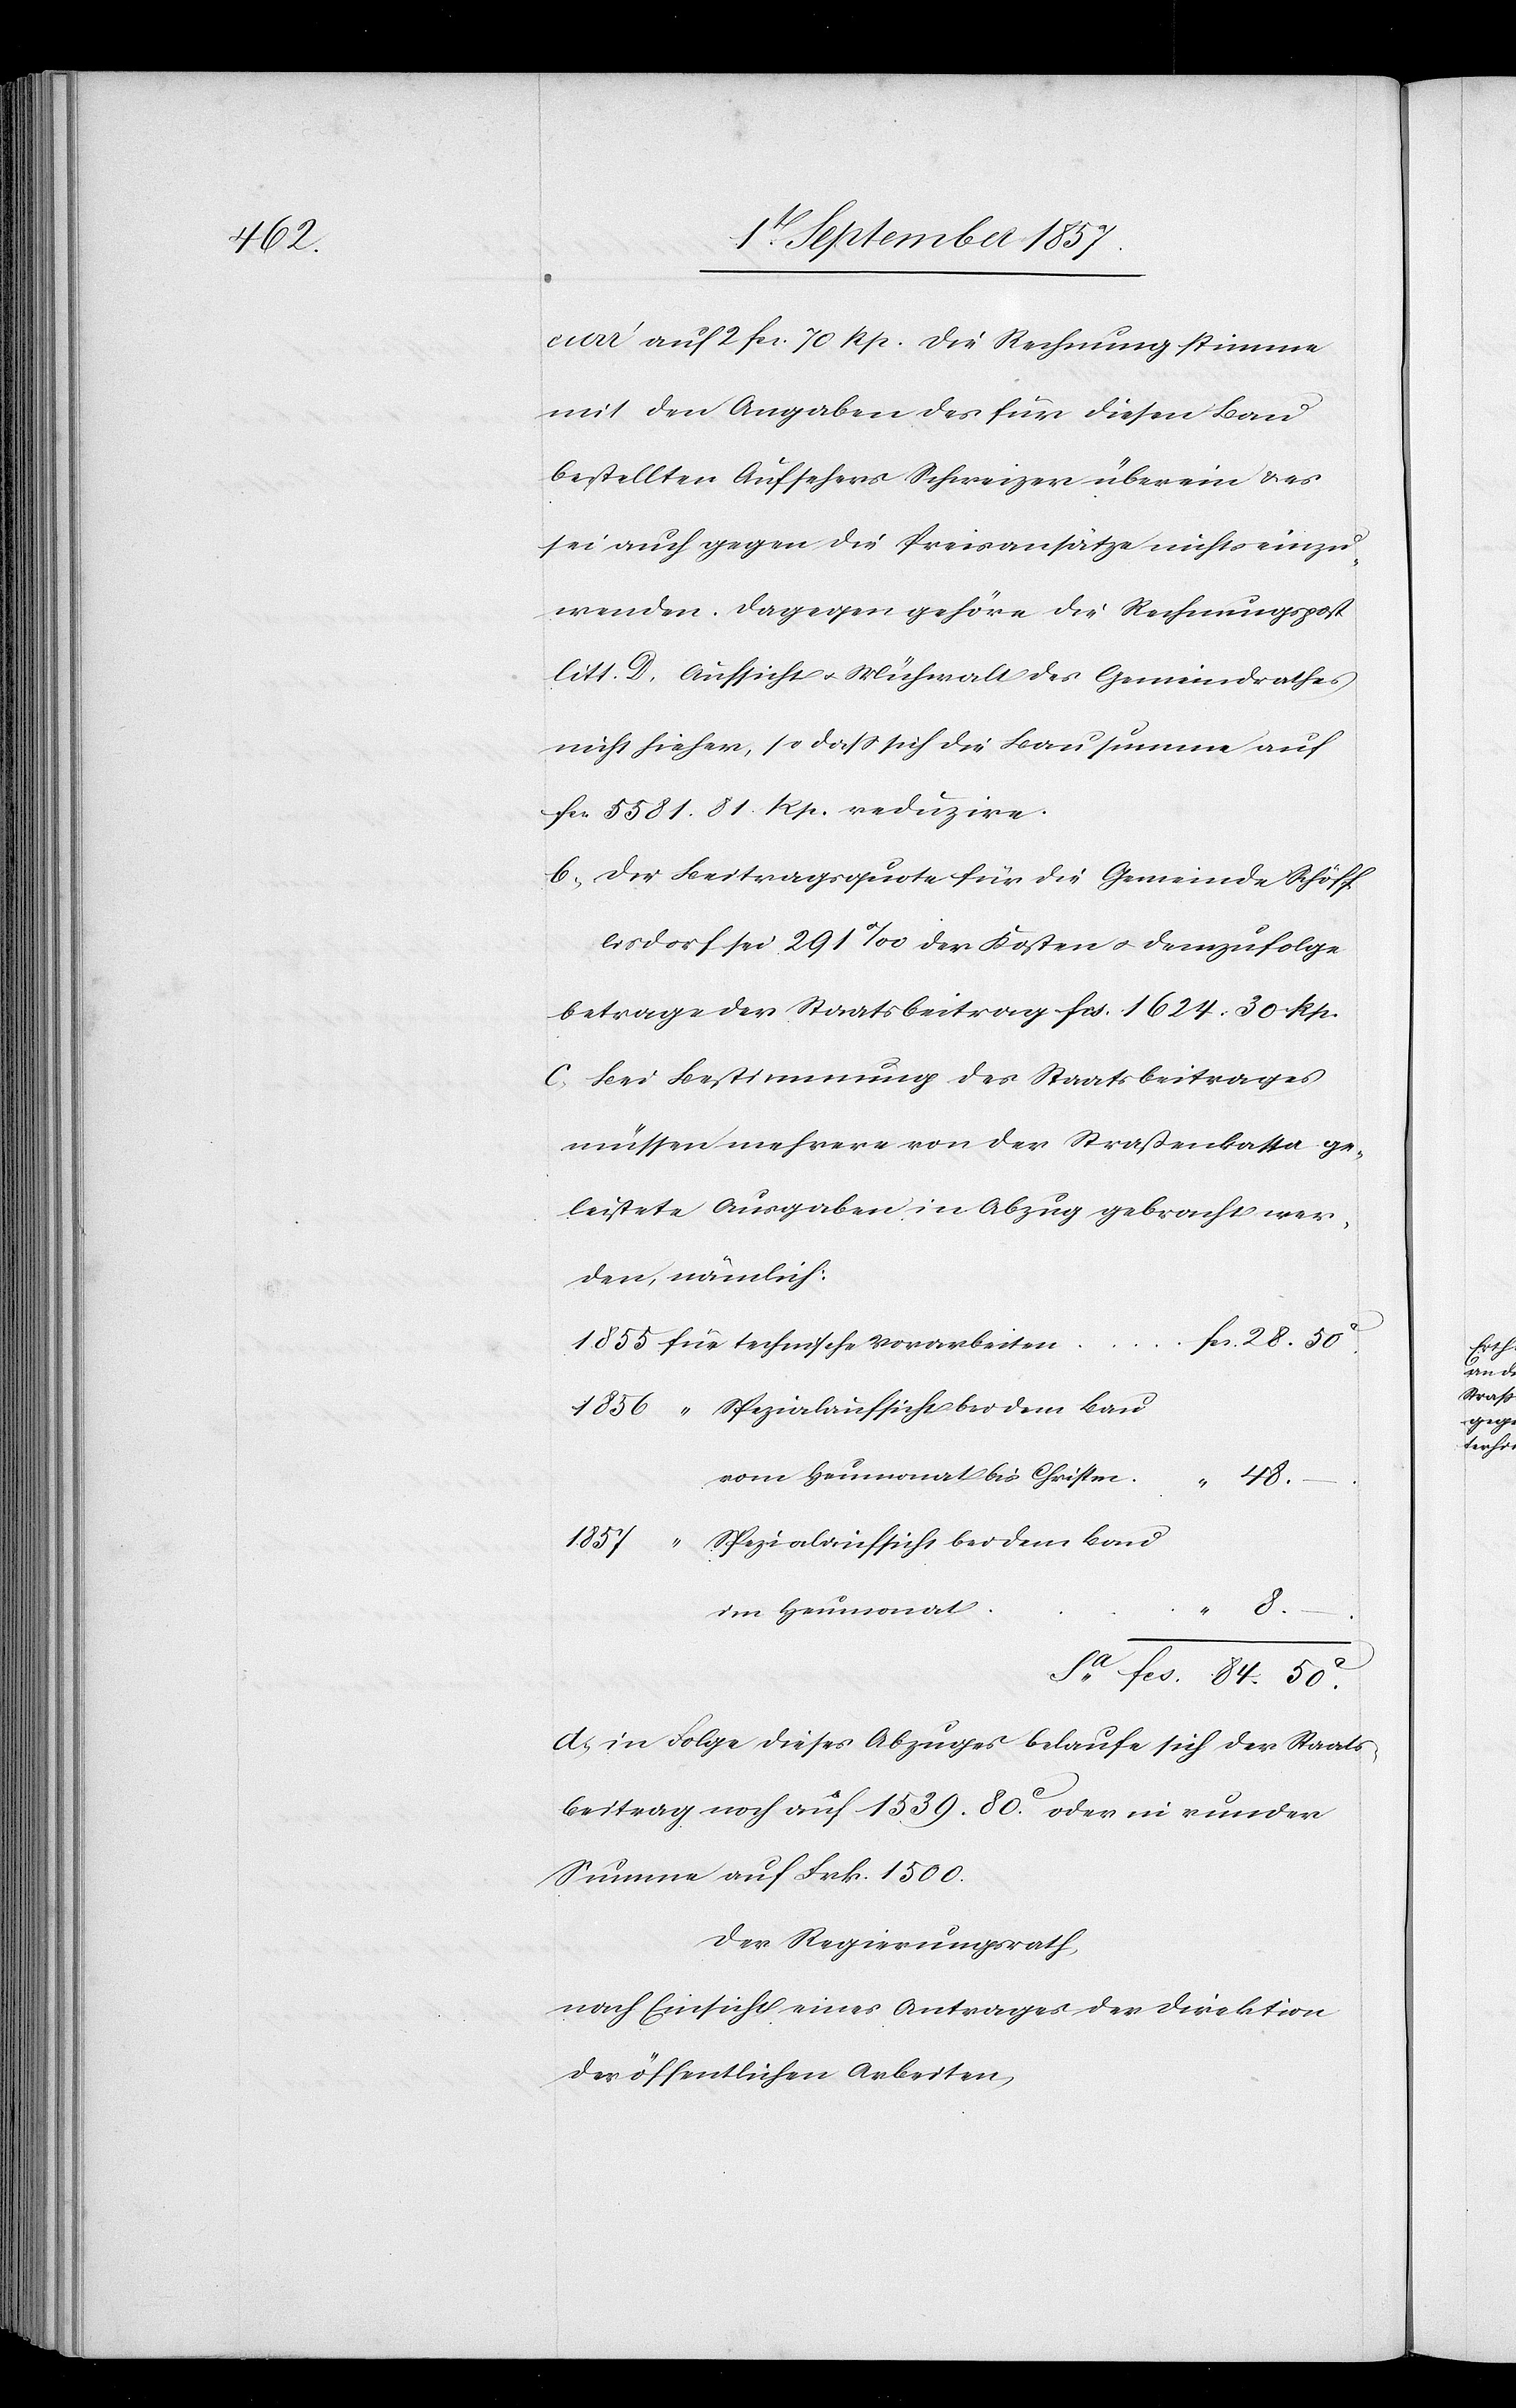
[?] auf 2 fcs. 70 Rp. Die Rechnung stimme
mit den Angaben des für diesen Bau
bestellten Aufsehers Schweizer überein & es
sei auch gegen die Privatansätze nichts einzu¬
wenden. Dagegen gehöre die Rechnungspost
litt D. Aufsicht & Mühewalt des Gemeindrathes
nicht hieher, so daß sich die Bausumme auf
fcs 5581. 81 Rp. reduzire.
b) Die Beitragsquote für die Gemeinde Schöff¬
lisdorf sei 291‰ der Kosten & demzufolge
betrage der Staatsbeitrag fcs 1624. 30 Rp.
c) Bei Bestimmung des Staatsbeitrages
müssen mehrere von der Straßenkassa ge¬
leistete Ausgaben in Abzug gebracht wer¬
den, nämlich:
1856 “ Spezialaufsicht bei dem Bau
vom Heumonat bis Christen	“
im
8.–
28.
1857 “
Spezialaufsicht bei dem Bau
Sa. fcs. 84.50c
d) in Folge dieses Abzuges belaufe sich der Staats¬
beitrag noch auf 1539. 80c oder in runder
Summe auf Frk. 1500.
Der Regierungsrath,
nach Einsicht eines Antrages der Direktion
der öffentlichen Arbeiten,